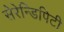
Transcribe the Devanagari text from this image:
सेरेन्डिपिटी